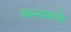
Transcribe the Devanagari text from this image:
अन्नमध्ये